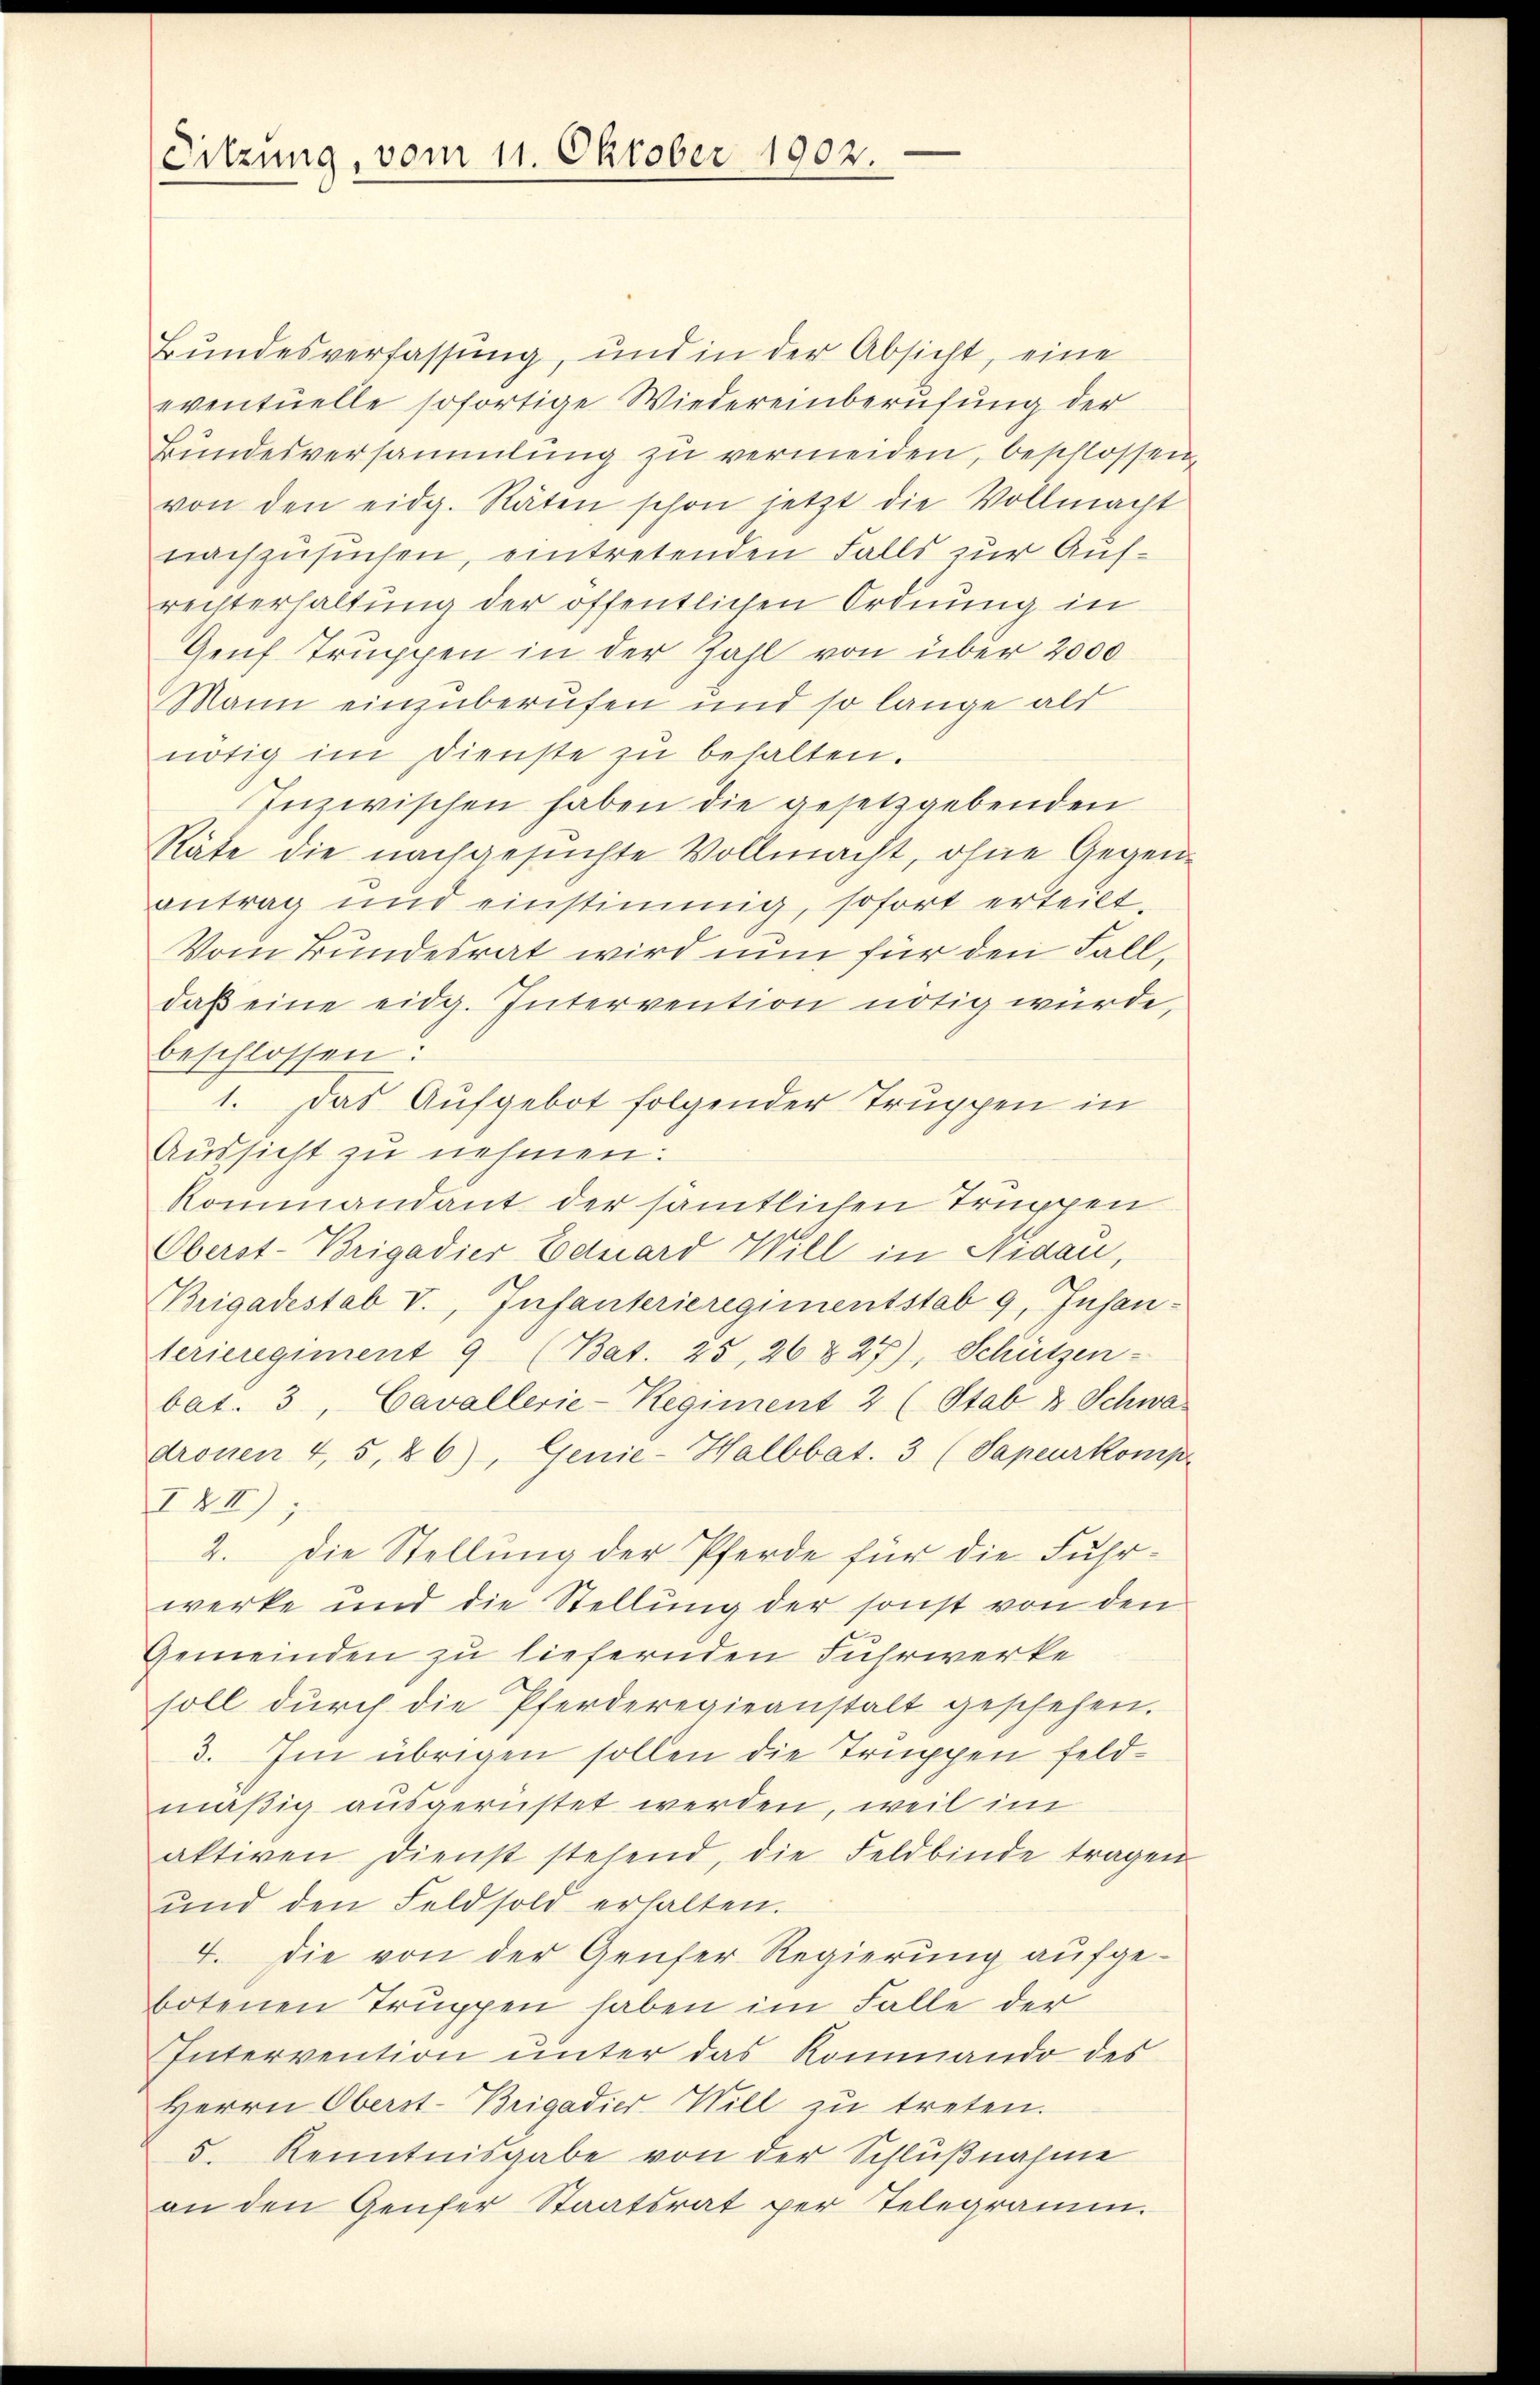
Sitzung, vom 11. Oktober 1902.

Bundesverfassung, und in der Absicht, eine
eventuelle sofortige Wiedereinberufung der
Bŭndesversammlung zŭ vermeiden, beschlossen,
von den eidg. Räten schon jetzt die Vollmacht
nachzusuchen, eintretenden Falls zur Aufrechterhaltung der öffentlichen Ordnung in
Genf Truppen in der Zahl von über 2000
Mann einzuberufen und so lange als
nötig im Dienste zŭ behalten.
Inzwischen haben die gesetzgebenden
Räte die nachgesuchte Vollmacht, ohne Gegenantrag und einstimmig, sofort erteilt,
Vom Bundesrat wird nun für den Fall,
daβ eine eidg. Intervention nötig würde,
beschlossen:
1. Das Aufgebot folgender Truppen in
Aussicht zu nehmen:
Rommandant der sämtlichen Truppen
Oberst-Brigadier Eduard Will in Nidau,
Brigadestab V., Infanterieregimentstab 9, Insanterieregiment 9 (Bat. 25, 26 & 27), Schützen-
bat. 3, Cavallerie-Regiment 2 (Stab & Schwa
dronen 4, 5, 26), Genie-Halbbat. 3 (Sapeurkomp
IXII) ;
2. Die Stellung der Pferde für die Fuhrwerke und die Stellung der sonst von den
Gemeinden zu liefernden Fuhrwerke
soll dŭrch die Pferderegieanstalt geschehen.
3. Im übrigen sollen die Truppen feldmäßig ausgerüstet werden, weil im
aktiven Dienst stehend, die Feldbinde tragen
ŭnd den Feldsold erhalten.
4. Die von der Genfer Regierung aufgebotenen Truppen haben im Falle der
Intervention unter das Kommando des
Herrn Oberst-Brigadier Will zu treten.
5. Kenntnisgabe von der Schlußnahme
an den Genfer Staatsrat per Telegramm.